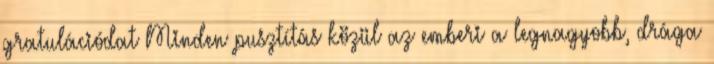
gratulációdat Minden pusztítás közül az emberi a legnagyobb, drága